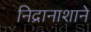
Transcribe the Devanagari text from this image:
निद्रानाशाने